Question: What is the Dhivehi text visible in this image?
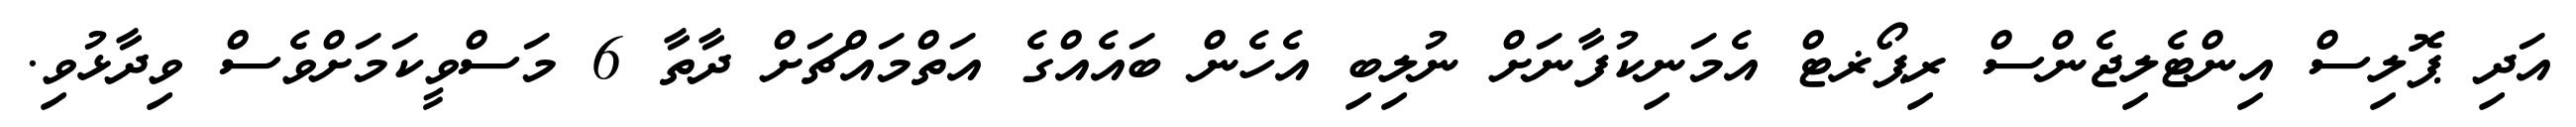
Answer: އަދި ޕޮލިސް އިންޓެލިޖެންސް ރިޕޯޜޓް އެމަނިކުފާނަށް ނުލިބި އެހެން ބައެއްގެ އަތްމައްޗަށް ދާތާ 6 މަސްވީކަމަށްވެސް ވިދާޅުވި.